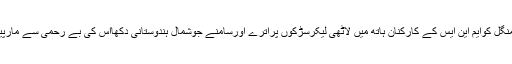
10اکتوبربروزمنگل کوایم این ایس کے کارکنان ہاتھ میں لاٹھی لیکرسڑکوں پراترے اورسامنے جوشمال ہندوستانی دکھااس کی بے رحمی سے مارپیٹ کرنے لگے۔